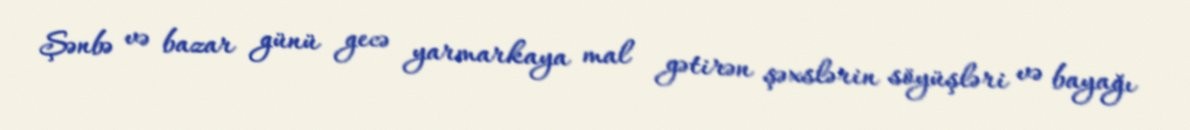
Şənbə və bazar günü gecə yarmarkaya mal gətirən şəxslərin söyüşləri və bayağı